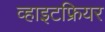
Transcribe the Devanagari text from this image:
व्हाइटफ्रियर